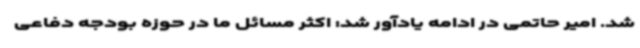
شد. امیر حاتمی در ادامه یادآور شد: اکثر مسائل ما در حوزه بودجه دفاعی